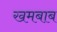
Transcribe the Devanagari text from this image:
खमबाब